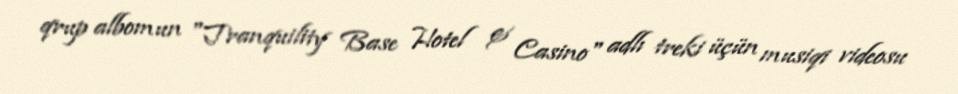
qrup albomun "Tranquility Base Hotel & Casino" adlı treki üçün musiqi videosu